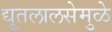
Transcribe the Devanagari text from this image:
द्यूतलालसेमुळे